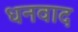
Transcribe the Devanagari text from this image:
धनवाद